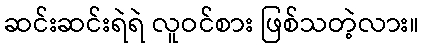
ဆင်းဆင်းရဲရဲ လူဝင်စား ဖြစ်သတဲ့လား။